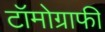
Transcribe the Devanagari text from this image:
टॉमोग्राफी